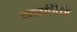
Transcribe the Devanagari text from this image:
यज्ञांपैकी